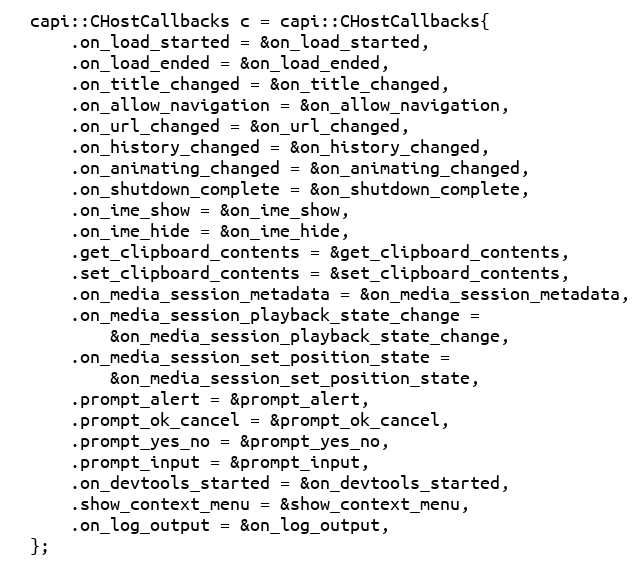
Language: C++
  capi::CHostCallbacks c = capi::CHostCallbacks{
      .on_load_started = &on_load_started,
      .on_load_ended = &on_load_ended,
      .on_title_changed = &on_title_changed,
      .on_allow_navigation = &on_allow_navigation,
      .on_url_changed = &on_url_changed,
      .on_history_changed = &on_history_changed,
      .on_animating_changed = &on_animating_changed,
      .on_shutdown_complete = &on_shutdown_complete,
      .on_ime_show = &on_ime_show,
      .on_ime_hide = &on_ime_hide,
      .get_clipboard_contents = &get_clipboard_contents,
      .set_clipboard_contents = &set_clipboard_contents,
      .on_media_session_metadata = &on_media_session_metadata,
      .on_media_session_playback_state_change =
          &on_media_session_playback_state_change,
      .on_media_session_set_position_state =
          &on_media_session_set_position_state,
      .prompt_alert = &prompt_alert,
      .prompt_ok_cancel = &prompt_ok_cancel,
      .prompt_yes_no = &prompt_yes_no,
      .prompt_input = &prompt_input,
      .on_devtools_started = &on_devtools_started,
      .show_context_menu = &show_context_menu,
      .on_log_output = &on_log_output,
  };